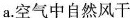
a.空气中自然风干